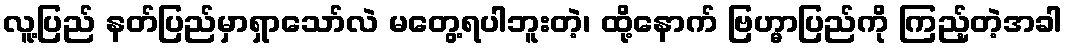
လူ့ပြည် နတ်ပြည်မှာရှာသော်လဲ မတွေ့ရပါဘူးတဲ့၊ ထို့နောက် ဗြဟ္မာပြည်ကို ကြည့်တဲ့အခါ